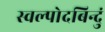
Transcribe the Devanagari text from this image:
स्वल्पोदबिन्दुं